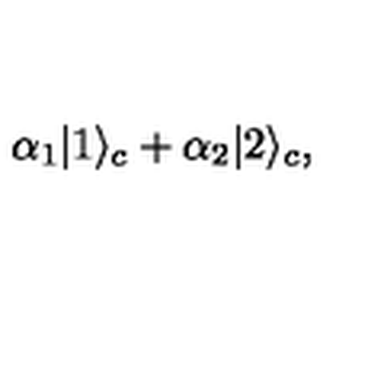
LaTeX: \alpha _ { 1 } | 1 \rangle _ { c } + \alpha _ { 2 } | 2 \rangle _ { c } ,